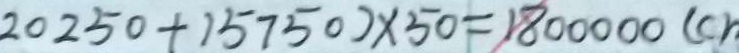
2 0 2 5 0 + 1 5 7 5 0 ) \times 5 0 = 1 8 0 0 0 0 0 ( c m